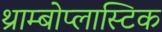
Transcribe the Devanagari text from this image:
थ्राम्बोप्लास्टिक